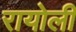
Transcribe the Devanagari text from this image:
रायोली